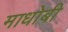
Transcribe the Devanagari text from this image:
माधोबी